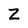
Character: Z